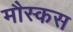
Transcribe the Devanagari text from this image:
मौस्कस